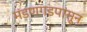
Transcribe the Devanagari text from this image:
मंडणगडपासून